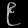
Digit: ၉